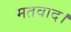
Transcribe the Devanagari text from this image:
मतवाद।